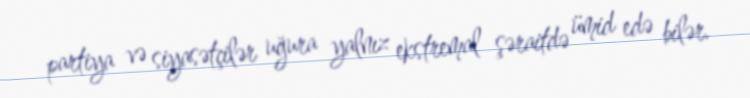
partiya və siyasətçilər uğura yalnız ekstremal şəraitdə ümid edə bilər.